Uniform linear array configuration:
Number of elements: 24
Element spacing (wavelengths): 0.75
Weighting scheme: uniform
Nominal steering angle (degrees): -60
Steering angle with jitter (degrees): -59.293
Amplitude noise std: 0.05
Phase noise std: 0.05

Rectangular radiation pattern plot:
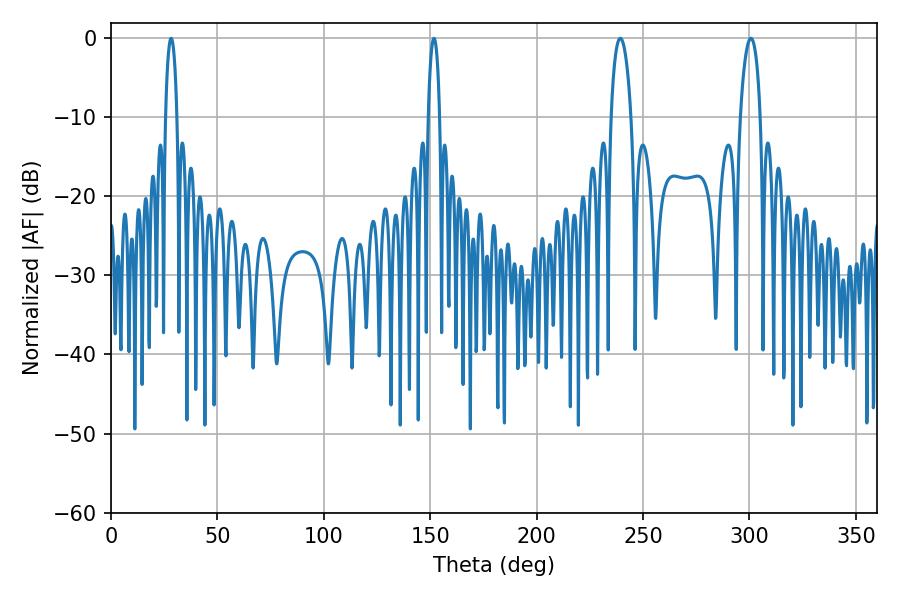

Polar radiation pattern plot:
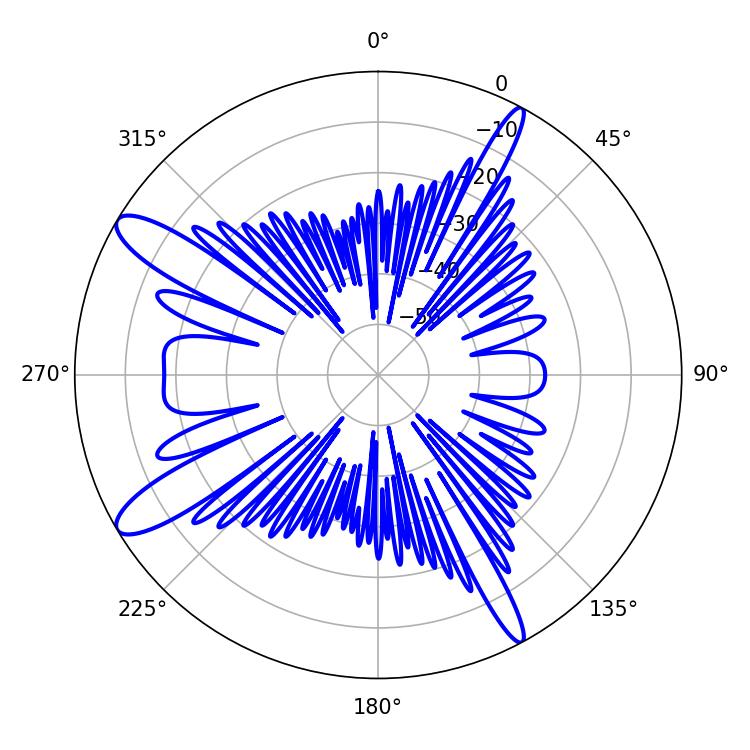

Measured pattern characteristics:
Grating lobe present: TRUE
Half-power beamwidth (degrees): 2.88
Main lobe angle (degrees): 28.26